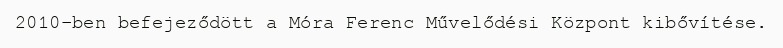
2010-ben befejeződött a Móra Ferenc Művelődési Központ kibővítése.